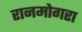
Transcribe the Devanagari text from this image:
रानमोगरा